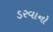
ડરવાનો